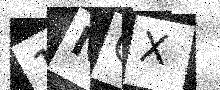
Text: 1NQX